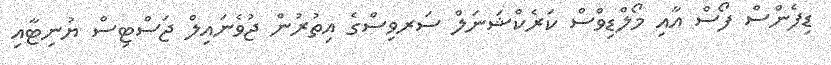
ޑިފެންސް ފޯސް އާއި މޯލްޑިވްސް ކަރެކްޝަނަލް ސަރވިސްގެ އިތުރުން ޖުވެނައިލް ޖަސްޓިސް ޔުނިޓާއި